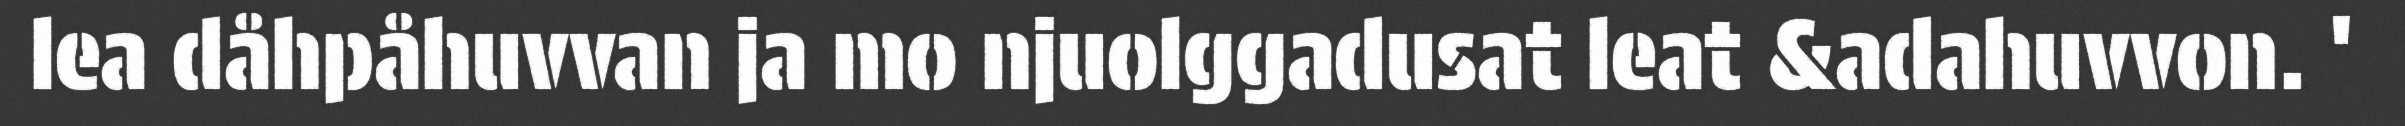
lea dåhpåhuvvan ja mo njuolggadusat leat &adahuvvon. '